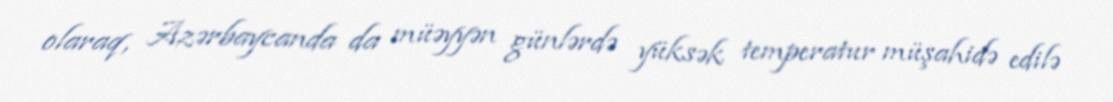
olaraq, Azərbaycanda da müəyyən günlərdə yüksək temperatur müşahidə edilə